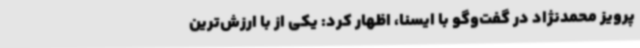
پرویز محمدنژاد در گفت‌وگو با ایسنا، اظهار کرد: یکی از با ارزش‌ترین